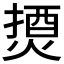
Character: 𰟇